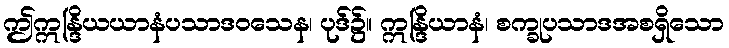
ဤဣန္ဒြိယယာနံပသာဒဝသေန၊ ပုဒ်၌။ ဣန္ဒြိယာနံ၊ စက္ခုပသာဒအစရှိသော